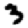
Digit: 3